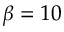
\beta = 1 0